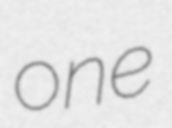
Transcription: one